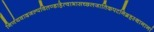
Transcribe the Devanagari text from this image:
निर्णयवादजल्पवितण्डाहेत्वाभासच्छलजातिकपटनिग्रहस्थानानां